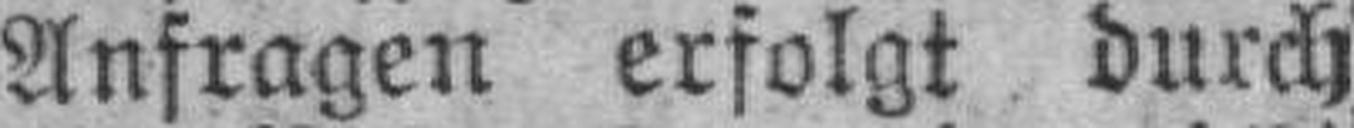
Anfragen erfolgt durch